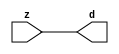

//------> ./rtl_mgc_ioport.v 
//------------------------------------------------------------------
//                M G C _ I O P O R T _ C O M P S
//------------------------------------------------------------------

//------------------------------------------------------------------
//                       M O D U L E S
//------------------------------------------------------------------

//------------------------------------------------------------------
//-- INPUT ENTITIES
//------------------------------------------------------------------

module mgc_in_wire (d, z);

  parameter integer rscid = 1;
  parameter integer width = 8;

  output [width-1:0] d;
  input  [width-1:0] z;

  wire   [width-1:0] d;

  assign d = z;

endmodule

//------------------------------------------------------------------

module mgc_in_wire_en (ld, d, lz, z);

  parameter integer rscid = 1;
  parameter integer width = 8;

  input              ld;
  output [width-1:0] d;
  output             lz;
  input  [width-1:0] z;

  wire   [width-1:0] d;
  wire               lz;

  assign d = z;
  assign lz = ld;

endmodule

//------------------------------------------------------------------

module mgc_in_wire_wait (ld, vd, d, lz, vz, z);

  parameter integer rscid = 1;
  parameter integer width = 8;

  input              ld;
  output             vd;
  output [width-1:0] d;
  output             lz;
  input              vz;
  input  [width-1:0] z;

  wire               vd;
  wire   [width-1:0] d;
  wire               lz;

  assign d = z;
  assign lz = ld;
  assign vd = vz;

endmodule
//------------------------------------------------------------------

module mgc_chan_in (ld, vd, d, lz, vz, z, size, req_size, sizez, sizelz);

  parameter integer rscid = 1;
  parameter integer width = 8;
  parameter integer sz_width = 8;

  input              ld;
  output             vd;
  output [width-1:0] d;
  output             lz;
  input              vz;
  input  [width-1:0] z;
  output [sz_width-1:0] size;
  input              req_size;
  input  [sz_width-1:0] sizez;
  output             sizelz;


  wire               vd;
  wire   [width-1:0] d;
  wire               lz;
  wire   [sz_width-1:0] size;
  wire               sizelz;

  assign d = z;
  assign lz = ld;
  assign vd = vz;
  assign size = sizez;
  assign sizelz = req_size;

endmodule


//------------------------------------------------------------------
//-- OUTPUT ENTITIES
//------------------------------------------------------------------

module mgc_out_stdreg (d, z);

  parameter integer rscid = 1;
  parameter integer width = 8;

  input    [width-1:0] d;
  output   [width-1:0] z;

  wire     [width-1:0] z;

  assign z = d;

endmodule

//------------------------------------------------------------------

module mgc_out_stdreg_en (ld, d, lz, z);

  parameter integer rscid = 1;
  parameter integer width = 8;

  input              ld;
  input  [width-1:0] d;
  output             lz;
  output [width-1:0] z;

  wire               lz;
  wire   [width-1:0] z;

  assign z = d;
  assign lz = ld;

endmodule

//------------------------------------------------------------------

module mgc_out_stdreg_wait (ld, vd, d, lz, vz, z);

  parameter integer rscid = 1;
  parameter integer width = 8;

  input              ld;
  output             vd;
  input  [width-1:0] d;
  output             lz;
  input              vz;
  output [width-1:0] z;

  wire               vd;
  wire               lz;
  wire   [width-1:0] z;

  assign z = d;
  assign lz = ld;
  assign vd = vz;

endmodule

//------------------------------------------------------------------

module mgc_out_prereg_en (ld, d, lz, z);

    parameter integer rscid = 1;
    parameter integer width = 8;

    input              ld;
    input  [width-1:0] d;
    output             lz;
    output [width-1:0] z;

    wire               lz;
    wire   [width-1:0] z;

    assign z = d;
    assign lz = ld;

endmodule

//------------------------------------------------------------------
//-- INOUT ENTITIES
//------------------------------------------------------------------

module mgc_inout_stdreg_en (ldin, din, ldout, dout, lzin, lzout, z);

    parameter integer rscid = 1;
    parameter integer width = 8;

    input              ldin;
    output [width-1:0] din;
    input              ldout;
    input  [width-1:0] dout;
    output             lzin;
    output             lzout;
    inout  [width-1:0] z;

    wire   [width-1:0] din;
    wire               lzin;
    wire               lzout;
    wire   [width-1:0] z;

    assign lzin = ldin;
    assign din = ldin ? z : {width{1'bz}};
    assign lzout = ldout;
    assign z = ldout ? dout : {width{1'bz}};

endmodule

//------------------------------------------------------------------
module hid_tribuf( I_SIG, ENABLE, O_SIG);
  parameter integer width = 8;

  input [width-1:0] I_SIG;
  input ENABLE;
  inout [width-1:0] O_SIG;

  assign O_SIG = (ENABLE) ? I_SIG : { width{1'bz}};

endmodule
//------------------------------------------------------------------

module mgc_inout_stdreg_wait (ldin, vdin, din, ldout, vdout, dout, lzin, vzin, lzout, vzout, z);

    parameter integer rscid = 1;
    parameter integer width = 8;

    input              ldin;
    output             vdin;
    output [width-1:0] din;
    input              ldout;
    output             vdout;
    input  [width-1:0] dout;
    output             lzin;
    input              vzin;
    output             lzout;
    input              vzout;
    inout  [width-1:0] z;

    wire               vdin;
    wire   [width-1:0] din;
    wire               vdout;
    wire               lzin;
    wire               lzout;
    wire   [width-1:0] z;
    wire   ldout_and_vzout;

    assign lzin = ldin;
    assign vdin = vzin;
    assign din = ldin ? z : {width{1'bz}};
    assign lzout = ldout;
    assign vdout = vzout ;
    assign ldout_and_vzout = ldout && vzout ;

    hid_tribuf #(width) tb( .I_SIG(dout),
                            .ENABLE(ldout_and_vzout),
                            .O_SIG(z) );

endmodule

//------------------------------------------------------------------

module mgc_inout_buf_wait (clk, en, arst, srst, ldin, vdin, din, ldout, vdout, dout, lzin, vzin, lzout, vzout, z);

    parameter integer rscid   = 0; // resource ID
    parameter integer width   = 8; // fifo width
    parameter         ph_clk  =  1'b1; // clock polarity 1=rising edge, 0=falling edge
    parameter         ph_en   =  1'b1; // clock enable polarity
    parameter         ph_arst =  1'b1; // async reset polarity
    parameter         ph_srst =  1'b1; // sync reset polarity

    input              clk;
    input              en;
    input              arst;
    input              srst;
    input              ldin;
    output             vdin;
    output [width-1:0] din;
    input              ldout;
    output             vdout;
    input  [width-1:0] dout;
    output             lzin;
    input              vzin;
    output             lzout;
    input              vzout;
    inout  [width-1:0] z;

    wire               lzout_buf;
    wire               vzout_buf;
    wire   [width-1:0] z_buf;
    wire               vdin;
    wire   [width-1:0] din;
    wire               vdout;
    wire               lzin;
    wire               lzout;
    wire   [width-1:0] z;

    assign lzin = ldin;
    assign vdin = vzin;
    assign din = ldin ? z : {width{1'bz}};
    assign lzout = lzout_buf & ~ldin;
    assign vzout_buf = vzout & ~ldin;
    hid_tribuf #(width) tb( .I_SIG(z_buf),
                            .ENABLE((lzout_buf && (!ldin) && vzout) ),
                            .O_SIG(z)  );

    mgc_out_buf_wait
    #(
        .rscid   (rscid),
        .width   (width),
        .ph_clk  (ph_clk),
        .ph_en   (ph_en),
        .ph_arst (ph_arst),
        .ph_srst (ph_srst)
    )
    BUFF
    (
        .clk     (clk),
        .en      (en),
        .arst    (arst),
        .srst    (srst),
        .ld      (ldout),
        .vd      (vdout),
        .d       (dout),
        .lz      (lzout_buf),
        .vz      (vzout_buf),
        .z       (z_buf)
    );


endmodule

module mgc_inout_fifo_wait (clk, en, arst, srst, ldin, vdin, din, ldout, vdout, dout, lzin, vzin, lzout, vzout, z);

    parameter integer rscid   = 0; // resource ID
    parameter integer width   = 8; // fifo width
    parameter integer fifo_sz = 8; // fifo depth
    parameter         ph_clk  = 1'b1;  // clock polarity 1=rising edge, 0=falling edge
    parameter         ph_en   = 1'b1;  // clock enable polarity
    parameter         ph_arst = 1'b1;  // async reset polarity
    parameter         ph_srst = 1'b1;  // sync reset polarity
    parameter integer ph_log2 = 3;     // log2(fifo_sz)
    parameter integer pwropt  = 0;     // pwropt

    input              clk;
    input              en;
    input              arst;
    input              srst;
    input              ldin;
    output             vdin;
    output [width-1:0] din;
    input              ldout;
    output             vdout;
    input  [width-1:0] dout;
    output             lzin;
    input              vzin;
    output             lzout;
    input              vzout;
    inout  [width-1:0] z;

    wire               lzout_buf;
    wire               vzout_buf;
    wire   [width-1:0] z_buf;
    wire               comb;
    wire               vdin;
    wire   [width-1:0] din;
    wire               vdout;
    wire               lzin;
    wire               lzout;
    wire   [width-1:0] z;

    assign lzin = ldin;
    assign vdin = vzin;
    assign din = ldin ? z : {width{1'bz}};
    assign lzout = lzout_buf & ~ldin;
    assign vzout_buf = vzout & ~ldin;
    assign comb = (lzout_buf && (!ldin) && vzout);

    hid_tribuf #(width) tb2( .I_SIG(z_buf), .ENABLE(comb), .O_SIG(z)  );

    mgc_out_fifo_wait
    #(
        .rscid   (rscid),
        .width   (width),
        .fifo_sz (fifo_sz),
        .ph_clk  (ph_clk),
        .ph_en   (ph_en),
        .ph_arst (ph_arst),
        .ph_srst (ph_srst),
        .ph_log2 (ph_log2),
        .pwropt  (pwropt)
    )
    FIFO
    (
        .clk   (clk),
        .en      (en),
        .arst    (arst),
        .srst    (srst),
        .ld      (ldout),
        .vd      (vdout),
        .d       (dout),
        .lz      (lzout_buf),
        .vz      (vzout_buf),
        .z       (z_buf)
    );

endmodule

//------------------------------------------------------------------
//-- I/O SYNCHRONIZATION ENTITIES
//------------------------------------------------------------------

module mgc_io_sync (ld, lz);

    input  ld;
    output lz;

    assign lz = ld;

endmodule

module mgc_bsync_rdy (rd, rz);

    parameter integer rscid   = 0; // resource ID
    parameter ready = 1;
    parameter valid = 0;

    input  rd;
    output rz;

    wire   rz;

    assign rz = rd;

endmodule

module mgc_bsync_vld (vd, vz);

    parameter integer rscid   = 0; // resource ID
    parameter ready = 0;
    parameter valid = 1;

    output vd;
    input  vz;

    wire   vd;

    assign vd = vz;

endmodule

module mgc_bsync_rv (rd, vd, rz, vz);

    parameter integer rscid   = 0; // resource ID
    parameter ready = 1;
    parameter valid = 1;

    input  rd;
    output vd;
    output rz;
    input  vz;

    wire   vd;
    wire   rz;

    assign rz = rd;
    assign vd = vz;

endmodule

//------------------------------------------------------------------

module mgc_sync (ldin, vdin, ldout, vdout);

  input  ldin;
  output vdin;
  input  ldout;
  output vdout;

  wire   vdin;
  wire   vdout;

  assign vdin = ldout;
  assign vdout = ldin;

endmodule

///////////////////////////////////////////////////////////////////////////////
// dummy function used to preserve funccalls for modulario
// it looks like a memory read to the caller
///////////////////////////////////////////////////////////////////////////////
module funccall_inout (d, ad, bd, z, az, bz);

  parameter integer ram_id = 1;
  parameter integer width = 8;
  parameter integer addr_width = 8;

  output [width-1:0]       d;
  input  [addr_width-1:0]  ad;
  input                    bd;
  input  [width-1:0]       z;
  output [addr_width-1:0]  az;
  output                   bz;

  wire   [width-1:0]       d;
  wire   [addr_width-1:0]  az;
  wire                     bz;

  assign d  = z;
  assign az = ad;
  assign bz = bd;

endmodule


///////////////////////////////////////////////////////////////////////////////
// inlinable modular io not otherwise found in mgc_ioport
///////////////////////////////////////////////////////////////////////////////

module modulario_en_in (vd, d, vz, z);

  parameter integer rscid = 1;
  parameter integer width = 8;

  output             vd;
  output [width-1:0] d;
  input              vz;
  input  [width-1:0] z;

  wire   [width-1:0] d;
  wire               vd;

  assign d = z;
  assign vd = vz;

endmodule

//------> ./rtl_mgc_ioport_v2001.v 
//------------------------------------------------------------------

module mgc_out_reg_pos (clk, en, arst, srst, ld, d, lz, z);

    parameter integer rscid   = 1;
    parameter integer width   = 8;
    parameter         ph_en   =  1'b1;
    parameter         ph_arst =  1'b1;
    parameter         ph_srst =  1'b1;

    input              clk;
    input              en;
    input              arst;
    input              srst;
    input              ld;
    input  [width-1:0] d;
    output             lz;
    output [width-1:0] z;

    reg                lz;
    reg    [width-1:0] z;

    generate
    if (ph_arst == 1'b0)
    begin: NEG_ARST
        always @(posedge clk or negedge arst)
        if (arst == 1'b0)
        begin: B1
            lz <= 1'b0;
            z  <= {width{1'b0}};
        end
        else if (srst == ph_srst)
        begin: B2
            lz <= 1'b0;
            z  <= {width{1'b0}};
        end
        else if (en == ph_en)
        begin: B3
            lz <= ld;
            z  <= (ld) ? d : z;
        end
    end
    else
    begin: POS_ARST
        always @(posedge clk or posedge arst)
        if (arst == 1'b1)
        begin: B1
            lz <= 1'b0;
            z  <= {width{1'b0}};
        end
        else if (srst == ph_srst)
        begin: B2
            lz <= 1'b0;
            z  <= {width{1'b0}};
        end
        else if (en == ph_en)
        begin: B3
            lz <= ld;
            z  <= (ld) ? d : z;
        end
    end
    endgenerate

endmodule

//------------------------------------------------------------------

module mgc_out_reg_neg (clk, en, arst, srst, ld, d, lz, z);

    parameter integer rscid   = 1;
    parameter integer width   = 8;
    parameter         ph_en   =  1'b1;
    parameter         ph_arst =  1'b1;
    parameter         ph_srst =  1'b1;

    input              clk;
    input              en;
    input              arst;
    input              srst;
    input              ld;
    input  [width-1:0] d;
    output             lz;
    output [width-1:0] z;

    reg                lz;
    reg    [width-1:0] z;

    generate
    if (ph_arst == 1'b0)
    begin: NEG_ARST
        always @(negedge clk or negedge arst)
        if (arst == 1'b0)
        begin: B1
            lz <= 1'b0;
            z  <= {width{1'b0}};
        end
        else if (srst == ph_srst)
        begin: B2
            lz <= 1'b0;
            z  <= {width{1'b0}};
        end
        else if (en == ph_en)
        begin: B3
            lz <= ld;
            z  <= (ld) ? d : z;
        end
    end
    else
    begin: POS_ARST
        always @(negedge clk or posedge arst)
        if (arst == 1'b1)
        begin: B1
            lz <= 1'b0;
            z  <= {width{1'b0}};
        end
        else if (srst == ph_srst)
        begin: B2
            lz <= 1'b0;
            z  <= {width{1'b0}};
        end
        else if (en == ph_en)
        begin: B3
            lz <= ld;
            z  <= (ld) ? d : z;
        end
    end
    endgenerate

endmodule

//------------------------------------------------------------------

module mgc_out_reg (clk, en, arst, srst, ld, d, lz, z); // Not Supported

    parameter integer rscid   = 1;
    parameter integer width   = 8;
    parameter         ph_clk  =  1'b1;
    parameter         ph_en   =  1'b1;
    parameter         ph_arst =  1'b1;
    parameter         ph_srst =  1'b1;

    input              clk;
    input              en;
    input              arst;
    input              srst;
    input              ld;
    input  [width-1:0] d;
    output             lz;
    output [width-1:0] z;


    generate
    if (ph_clk == 1'b0)
    begin: NEG_EDGE

        mgc_out_reg_neg
        #(
            .rscid   (rscid),
            .width   (width),
            .ph_en   (ph_en),
            .ph_arst (ph_arst),
            .ph_srst (ph_srst)
        )
        mgc_out_reg_neg_inst
        (
            .clk     (clk),
            .en      (en),
            .arst    (arst),
            .srst    (srst),
            .ld      (ld),
            .d       (d),
            .lz      (lz),
            .z       (z)
        );

    end
    else
    begin: POS_EDGE

        mgc_out_reg_pos
        #(
            .rscid   (rscid),
            .width   (width),
            .ph_en   (ph_en),
            .ph_arst (ph_arst),
            .ph_srst (ph_srst)
        )
        mgc_out_reg_pos_inst
        (
            .clk     (clk),
            .en      (en),
            .arst    (arst),
            .srst    (srst),
            .ld      (ld),
            .d       (d),
            .lz      (lz),
            .z       (z)
        );

    end
    endgenerate

endmodule




//------------------------------------------------------------------

module mgc_out_buf_wait (clk, en, arst, srst, ld, vd, d, vz, lz, z); // Not supported

    parameter integer rscid   = 1;
    parameter integer width   = 8;
    parameter         ph_clk  =  1'b1;
    parameter         ph_en   =  1'b1;
    parameter         ph_arst =  1'b1;
    parameter         ph_srst =  1'b1;

    input              clk;
    input              en;
    input              arst;
    input              srst;
    input              ld;
    output             vd;
    input  [width-1:0] d;
    output             lz;
    input              vz;
    output [width-1:0] z;

    wire               filled;
    wire               filled_next;
    wire   [width-1:0] abuf;
    wire               lbuf;


    assign filled_next = (filled & (~vz)) | (filled & ld) | (ld & (~vz));

    assign lbuf = ld & ~(filled ^ vz);

    assign vd = vz | ~filled;

    assign lz = ld | filled;

    assign z = (filled) ? abuf : d;

    wire dummy;
    wire dummy_bufreg_lz;

    // Output registers:
    mgc_out_reg
    #(
        .rscid   (rscid),
        .width   (1'b1),
        .ph_clk  (ph_clk),
        .ph_en   (ph_en),
        .ph_arst (ph_arst),
        .ph_srst (ph_srst)
    )
    STATREG
    (
        .clk     (clk),
        .en      (en),
        .arst    (arst),
        .srst    (srst),
        .ld      (filled_next),
        .d       (1'b0),       // input d is unused
        .lz      (filled),
        .z       (dummy)            // output z is unused
    );

    mgc_out_reg
    #(
        .rscid   (rscid),
        .width   (width),
        .ph_clk  (ph_clk),
        .ph_en   (ph_en),
        .ph_arst (ph_arst),
        .ph_srst (ph_srst)
    )
    BUFREG
    (
        .clk     (clk),
        .en      (en),
        .arst    (arst),
        .srst    (srst),
        .ld      (lbuf),
        .d       (d),
        .lz      (dummy_bufreg_lz),
        .z       (abuf)
    );

endmodule

//------------------------------------------------------------------

module mgc_out_fifo_wait (clk, en, arst, srst, ld, vd, d, lz, vz,  z);

    parameter integer rscid   = 0; // resource ID
    parameter integer width   = 8; // fifo width
    parameter integer fifo_sz = 8; // fifo depth
    parameter         ph_clk  = 1'b1; // clock polarity 1=rising edge, 0=falling edge
    parameter         ph_en   = 1'b1; // clock enable polarity
    parameter         ph_arst = 1'b1; // async reset polarity
    parameter         ph_srst = 1'b1; // sync reset polarity
    parameter integer ph_log2 = 3; // log2(fifo_sz)
    parameter integer pwropt  = 0; // pwropt


    input                 clk;
    input                 en;
    input                 arst;
    input                 srst;
    input                 ld;    // load data
    output                vd;    // fifo full active low
    input     [width-1:0] d;
    output                lz;    // fifo ready to send
    input                 vz;    // dest ready for data
    output    [width-1:0] z;

    wire    [31:0]      size;


      // Output registers:
 mgc_out_fifo_wait_core#(
        .rscid   (rscid),
        .width   (width),
        .sz_width (32),
        .fifo_sz (fifo_sz),
        .ph_clk  (ph_clk),
        .ph_en   (ph_en),
        .ph_arst (ph_arst),
        .ph_srst (ph_srst),
        .ph_log2 (ph_log2),
        .pwropt  (pwropt)
        ) CORE (
        .clk (clk),
        .en (en),
        .arst (arst),
        .srst (srst),
        .ld (ld),
        .vd (vd),
        .d (d),
        .lz (lz),
        .vz (vz),
        .z (z),
        .size (size)
        );

endmodule



module mgc_out_fifo_wait_core (clk, en, arst, srst, ld, vd, d, lz, vz,  z, size);

    parameter integer rscid   = 0; // resource ID
    parameter integer width   = 8; // fifo width
    parameter integer sz_width = 8; // size of port for elements in fifo
    parameter integer fifo_sz = 8; // fifo depth
    parameter         ph_clk  =  1'b1; // clock polarity 1=rising edge, 0=falling edge
    parameter         ph_en   =  1'b1; // clock enable polarity
    parameter         ph_arst =  1'b1; // async reset polarity
    parameter         ph_srst =  1'b1; // sync reset polarity
    parameter integer ph_log2 = 3; // log2(fifo_sz)
    parameter integer pwropt  = 0; // pwropt

   localparam integer  fifo_b = width * fifo_sz;

    input                 clk;
    input                 en;
    input                 arst;
    input                 srst;
    input                 ld;    // load data
    output                vd;    // fifo full active low
    input     [width-1:0] d;
    output                lz;    // fifo ready to send
    input                 vz;    // dest ready for data
    output    [width-1:0] z;
    output    [sz_width-1:0]      size;

    reg      [( (fifo_sz > 0) ? fifo_sz : 1)-1:0] stat_pre;
    wire     [( (fifo_sz > 0) ? fifo_sz : 1)-1:0] stat;
    reg      [( (fifo_b > 0) ? fifo_b : 1)-1:0] buff_pre;
    wire     [( (fifo_b > 0) ? fifo_b : 1)-1:0] buff;
    reg      [( (fifo_sz > 0) ? fifo_sz : 1)-1:0] en_l;
    reg      [(((fifo_sz > 0) ? fifo_sz : 1)-1)/8:0] en_l_s;

    reg       [width-1:0] buff_nxt;

    reg                   stat_nxt;
    reg                   stat_before;
    reg                   stat_after;
    reg                   en_l_var;

    integer               i;
    genvar                eni;

    wire [32:0]           size_t;
    reg [31:0]            count;
    reg [31:0]            count_t;
    reg [32:0]            n_elem;
// pragma translate_off
    reg [31:0]            peak;
// pragma translate_on

    wire [( (fifo_sz > 0) ? fifo_sz : 1)-1:0] dummy_statreg_lz;
    wire [( (fifo_b > 0) ? fifo_b : 1)-1:0] dummy_bufreg_lz;

    generate
    if ( fifo_sz > 0 )
    begin: FIFO_REG
      assign vd = vz | ~stat[0];
      assign lz = ld | stat[fifo_sz-1];
      assign size_t = (count - (vz && stat[fifo_sz-1])) + ld;
      assign size = size_t[sz_width-1:0];
      assign z = (stat[fifo_sz-1]) ? buff[fifo_b-1:width*(fifo_sz-1)] : d;

      always @(*)
      begin: FIFOPROC
        n_elem = 33'b0;
        for (i = fifo_sz-1; i >= 0; i = i - 1)
        begin
          if (i != 0)
            stat_before = stat[i-1];
          else
            stat_before = 1'b0;

          if (i != (fifo_sz-1))
            stat_after = stat[i+1];
          else
            stat_after = 1'b1;

          stat_nxt = stat_after &
                    (stat_before | (stat[i] & (~vz)) | (stat[i] & ld) | (ld & (~vz)));

          stat_pre[i] = stat_nxt;
          en_l_var = 1'b1;
          if (!stat_nxt)
            begin
              buff_nxt = {width{1'b0}};
              en_l_var = 1'b0;
            end
          else if (vz && stat_before)
            buff_nxt[0+:width] = buff[width*(i-1)+:width];
          else if (ld && !((vz && stat_before) || ((!vz) && stat[i])))
            buff_nxt = d;
          else
            begin
              if (pwropt == 0)
                buff_nxt[0+:width] = buff[width*i+:width];
              else
                buff_nxt = {width{1'b0}};
              en_l_var = 1'b0;
            end

          if (ph_en != 0)
            en_l[i] = en & en_l_var;
          else
            en_l[i] = en | ~en_l_var;

          buff_pre[width*i+:width] = buff_nxt[0+:width];

          if ((stat_after == 1'b1) && (stat[i] == 1'b0))
            n_elem = ($unsigned(fifo_sz) - 1) - i;
        end

        if (ph_en != 0)
          en_l_s[(((fifo_sz > 0) ? fifo_sz : 1)-1)/8] = 1'b1;
        else
          en_l_s[(((fifo_sz > 0) ? fifo_sz : 1)-1)/8] = 1'b0;

        for (i = fifo_sz-1; i >= 7; i = i - 1)
        begin
          if ((i%'d2) == 0)
          begin
            if (ph_en != 0)
              en_l_s[(i/8)-1] = en & (stat[i]|stat_pre[i-1]);
            else
              en_l_s[(i/8)-1] = en | ~(stat[i]|stat_pre[i-1]);
          end
        end

        if ( stat[fifo_sz-1] == 1'b0 )
          count_t = 32'b0;
        else if ( stat[0] == 1'b1 )
          count_t = { {(32-ph_log2){1'b0}}, fifo_sz};
        else
          count_t = n_elem[31:0];
        count = count_t;
// pragma translate_off
        if ( peak < count )
          peak = count;
// pragma translate_on
      end

      if (pwropt == 0)
      begin: NOCGFIFO
        // Output registers:
        mgc_out_reg
        #(
            .rscid   (rscid),
            .width   (fifo_sz),
            .ph_clk  (ph_clk),
            .ph_en   (ph_en),
            .ph_arst (ph_arst),
            .ph_srst (ph_srst)
        )
        STATREG
        (
            .clk     (clk),
            .en      (en),
            .arst    (arst),
            .srst    (srst),
            .ld      (1'b1),
            .d       (stat_pre),
            .lz      (dummy_statreg_lz[0]),
            .z       (stat)
        );
        mgc_out_reg
        #(
            .rscid   (rscid),
            .width   (fifo_b),
            .ph_clk  (ph_clk),
            .ph_en   (ph_en),
            .ph_arst (ph_arst),
            .ph_srst (ph_srst)
        )
        BUFREG
        (
            .clk     (clk),
            .en      (en),
            .arst    (arst),
            .srst    (srst),
            .ld      (1'b1),
            .d       (buff_pre),
            .lz      (dummy_bufreg_lz[0]),
            .z       (buff)
        );
      end
      else
      begin: CGFIFO
        // Output registers:
        if ( pwropt > 1)
        begin: CGSTATFIFO2
          for (eni = fifo_sz-1; eni >= 0; eni = eni - 1)
          begin: pwroptGEN1
            mgc_out_reg
            #(
              .rscid   (rscid),
              .width   (1),
              .ph_clk  (ph_clk),
              .ph_en   (ph_en),
              .ph_arst (ph_arst),
              .ph_srst (ph_srst)
            )
            STATREG
            (
              .clk     (clk),
              .en      (en_l_s[eni/8]),
              .arst    (arst),
              .srst    (srst),
              .ld      (1'b1),
              .d       (stat_pre[eni]),
              .lz      (dummy_statreg_lz[eni]),
              .z       (stat[eni])
            );
          end
        end
        else
        begin: CGSTATFIFO
          mgc_out_reg
          #(
            .rscid   (rscid),
            .width   (fifo_sz),
            .ph_clk  (ph_clk),
            .ph_en   (ph_en),
            .ph_arst (ph_arst),
            .ph_srst (ph_srst)
          )
          STATREG
          (
            .clk     (clk),
            .en      (en),
            .arst    (arst),
            .srst    (srst),
            .ld      (1'b1),
            .d       (stat_pre),
            .lz      (dummy_statreg_lz[0]),
            .z       (stat)
          );
        end
        for (eni = fifo_sz-1; eni >= 0; eni = eni - 1)
        begin: pwroptGEN2
          mgc_out_reg
          #(
            .rscid   (rscid),
            .width   (width),
            .ph_clk  (ph_clk),
            .ph_en   (ph_en),
            .ph_arst (ph_arst),
            .ph_srst (ph_srst)
          )
          BUFREG
          (
            .clk     (clk),
            .en      (en_l[eni]),
            .arst    (arst),
            .srst    (srst),
            .ld      (1'b1),
            .d       (buff_pre[width*eni+:width]),
            .lz      (dummy_bufreg_lz[eni]),
            .z       (buff[width*eni+:width])
          );
        end
      end
    end
    else
    begin: FEED_THRU
      assign vd = vz;
      assign lz = ld;
      assign z = d;
      assign size = ld && !vz;
    end
    endgenerate

endmodule

//------------------------------------------------------------------
//-- PIPE ENTITIES
//------------------------------------------------------------------
/*
 *
 *             _______________________________________________
 * WRITER    |                                               |          READER
 *           |           MGC_PIPE                            |
 *           |           __________________________          |
 *        --<| vdout  --<| vd ---------------  vz<|-----ldin<|---
 *           |           |      FIFO              |          |
 *        ---|>ldout  ---|>ld ---------------- lz |> ---vdin |>--
 *        ---|>dout -----|>d  ---------------- dz |> ----din |>--
 *           |           |________________________|          |
 *           |_______________________________________________|
 */
// two clock pipe
module mgc_pipe (clk, en, arst, srst, ldin, vdin, din, ldout, vdout, dout, size, req_size);

    parameter integer rscid   = 0; // resource ID
    parameter integer width   = 8; // fifo width
    parameter integer sz_width = 8; // width of size of elements in fifo
    parameter integer fifo_sz = 8; // fifo depth
    parameter integer log2_sz = 3; // log2(fifo_sz)
    parameter         ph_clk  = 1'b1;  // clock polarity 1=rising edge, 0=falling edge
    parameter         ph_en   = 1'b1;  // clock enable polarity
    parameter         ph_arst = 1'b1;  // async reset polarity
    parameter         ph_srst = 1'b1;  // sync reset polarity
    parameter integer pwropt  = 0; // pwropt

    input              clk;
    input              en;
    input              arst;
    input              srst;
    input              ldin;
    output             vdin;
    output [width-1:0] din;
    input              ldout;
    output             vdout;
    input  [width-1:0] dout;
    output [sz_width-1:0]      size;
    input              req_size;


    mgc_out_fifo_wait_core
    #(
        .rscid    (rscid),
        .width    (width),
        .sz_width (sz_width),
        .fifo_sz  (fifo_sz),
        .ph_clk   (ph_clk),
        .ph_en    (ph_en),
        .ph_arst  (ph_arst),
        .ph_srst  (ph_srst),
        .ph_log2  (log2_sz),
        .pwropt   (pwropt)
    )
    FIFO
    (
        .clk     (clk),
        .en      (en),
        .arst    (arst),
        .srst    (srst),
        .ld      (ldout),
        .vd      (vdout),
        .d       (dout),
        .lz      (vdin),
        .vz      (ldin),
        .z       (din),
        .size    (size)
    );

endmodule


//------> ./rtl.v 
// ----------------------------------------------------------------------
//  HLS HDL:        Verilog Netlister
//  HLS Version:    2011a.126 Production Release
//  HLS Date:       Wed Aug  8 00:52:07 PDT 2012
// 
//  Generated by:   oh1015@EEWS104A-005
//  Generated date: Thu Apr 28 17:13:34 2016
// ----------------------------------------------------------------------

// 
// ------------------------------------------------------------------
//  Design Unit:    cdt_core
// ------------------------------------------------------------------


module cdt_core (
  clk, arst_n, H_IN_rsc_mgc_in_wire_d, S_IN_rsc_mgc_in_wire_d, V_IN_rsc_mgc_in_wire_d,
      G_OUT_rsc_mgc_out_stdreg_d
);
  input clk;
  input arst_n;
  input [9:0] H_IN_rsc_mgc_in_wire_d;
  input [9:0] S_IN_rsc_mgc_in_wire_d;
  input [9:0] V_IN_rsc_mgc_in_wire_d;
  output [9:0] G_OUT_rsc_mgc_out_stdreg_d;


  // Interconnect Declarations
  reg if_slc_svs;
  reg reg_G_OUT_rsc_mgc_out_stdreg_d_reg;
  wire [9:0] oelse_acc_itm;
  wire [10:0] nl_oelse_acc_itm;
  wire [8:0] if_acc_1_itm;
  wire [9:0] nl_if_acc_1_itm;
  wire if_slc_svs_mx0;


  // Interconnect Declarations for Component Instantiations 
  assign G_OUT_rsc_mgc_out_stdreg_d = {{9{reg_G_OUT_rsc_mgc_out_stdreg_d_reg}}, reg_G_OUT_rsc_mgc_out_stdreg_d_reg};
  assign if_slc_svs_mx0 = MUX_s_1_2_2({(readslicef_9_1_8((conv_u2u_8_9(S_IN_rsc_mgc_in_wire_d[9:2])
      + 9'b111110001))) , if_slc_svs}, (if_acc_1_itm[8]) & (oelse_acc_itm[9]));
  assign nl_oelse_acc_itm = ({1'b1 , (~ (H_IN_rsc_mgc_in_wire_d[8:0]))}) + 10'b10101;
  assign oelse_acc_itm = nl_oelse_acc_itm[9:0];
  assign nl_if_acc_1_itm = conv_u2u_8_9(H_IN_rsc_mgc_in_wire_d[9:2]) + 9'b110101011;
  assign if_acc_1_itm = nl_if_acc_1_itm[8:0];
  always @(posedge clk or negedge arst_n) begin
    if ( ~ arst_n ) begin
      if_slc_svs <= 1'b0;
      reg_G_OUT_rsc_mgc_out_stdreg_d_reg <= 1'b0;
    end
    else begin
      if_slc_svs <= if_slc_svs_mx0;
      reg_G_OUT_rsc_mgc_out_stdreg_d_reg <= ~((readslicef_9_1_8((conv_u2u_8_9(V_IN_rsc_mgc_in_wire_d[9:2])
          + 9'b111110001))) | if_slc_svs_mx0 | ((oelse_acc_itm[9]) & (if_acc_1_itm[8])));
    end
  end

  function [0:0] MUX_s_1_2_2;
    input [1:0] inputs;
    input [0:0] sel;
    reg [0:0] result;
  begin
    case (sel)
      1'b0 : begin
        result = inputs[1:1];
      end
      1'b1 : begin
        result = inputs[0:0];
      end
      default : begin
        result = inputs[1:1];
      end
    endcase
    MUX_s_1_2_2 = result;
  end
  endfunction


  function [0:0] readslicef_9_1_8;
    input [8:0] vector;
    reg [8:0] tmp;
  begin
    tmp = vector >> 8;
    readslicef_9_1_8 = tmp[0:0];
  end
  endfunction


  function  [8:0] conv_u2u_8_9 ;
    input [7:0]  vector ;
  begin
    conv_u2u_8_9 = {1'b0, vector};
  end
  endfunction

endmodule

// ------------------------------------------------------------------
//  Design Unit:    cdt
//  Generated from file(s):
//    2) $PROJECT_HOME/cdt.cpp
// ------------------------------------------------------------------


module cdt (
  H_IN_rsc_z, S_IN_rsc_z, V_IN_rsc_z, R_OUT_rsc_z, G_OUT_rsc_z, B_OUT_rsc_z, clk,
      arst_n
);
  input [9:0] H_IN_rsc_z;
  input [9:0] S_IN_rsc_z;
  input [9:0] V_IN_rsc_z;
  output [9:0] R_OUT_rsc_z;
  output [9:0] G_OUT_rsc_z;
  output [9:0] B_OUT_rsc_z;
  input clk;
  input arst_n;


  // Interconnect Declarations
  wire [9:0] H_IN_rsc_mgc_in_wire_d;
  wire [9:0] S_IN_rsc_mgc_in_wire_d;
  wire [9:0] V_IN_rsc_mgc_in_wire_d;
  wire [9:0] G_OUT_rsc_mgc_out_stdreg_d;


  // Interconnect Declarations for Component Instantiations 
  mgc_in_wire #(.rscid(1),
  .width(10)) H_IN_rsc_mgc_in_wire (
      .d(H_IN_rsc_mgc_in_wire_d),
      .z(H_IN_rsc_z)
    );
  mgc_in_wire #(.rscid(2),
  .width(10)) S_IN_rsc_mgc_in_wire (
      .d(S_IN_rsc_mgc_in_wire_d),
      .z(S_IN_rsc_z)
    );
  mgc_in_wire #(.rscid(3),
  .width(10)) V_IN_rsc_mgc_in_wire (
      .d(V_IN_rsc_mgc_in_wire_d),
      .z(V_IN_rsc_z)
    );
  mgc_out_stdreg #(.rscid(4),
  .width(10)) R_OUT_rsc_mgc_out_stdreg (
      .d(10'b0),
      .z(R_OUT_rsc_z)
    );
  mgc_out_stdreg #(.rscid(5),
  .width(10)) G_OUT_rsc_mgc_out_stdreg (
      .d(G_OUT_rsc_mgc_out_stdreg_d),
      .z(G_OUT_rsc_z)
    );
  mgc_out_stdreg #(.rscid(6),
  .width(10)) B_OUT_rsc_mgc_out_stdreg (
      .d(10'b0),
      .z(B_OUT_rsc_z)
    );
  cdt_core cdt_core_inst (
      .clk(clk),
      .arst_n(arst_n),
      .H_IN_rsc_mgc_in_wire_d(H_IN_rsc_mgc_in_wire_d),
      .S_IN_rsc_mgc_in_wire_d(S_IN_rsc_mgc_in_wire_d),
      .V_IN_rsc_mgc_in_wire_d(V_IN_rsc_mgc_in_wire_d),
      .G_OUT_rsc_mgc_out_stdreg_d(G_OUT_rsc_mgc_out_stdreg_d)
    );
endmodule